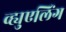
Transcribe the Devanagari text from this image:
व्ह्युएलिंग